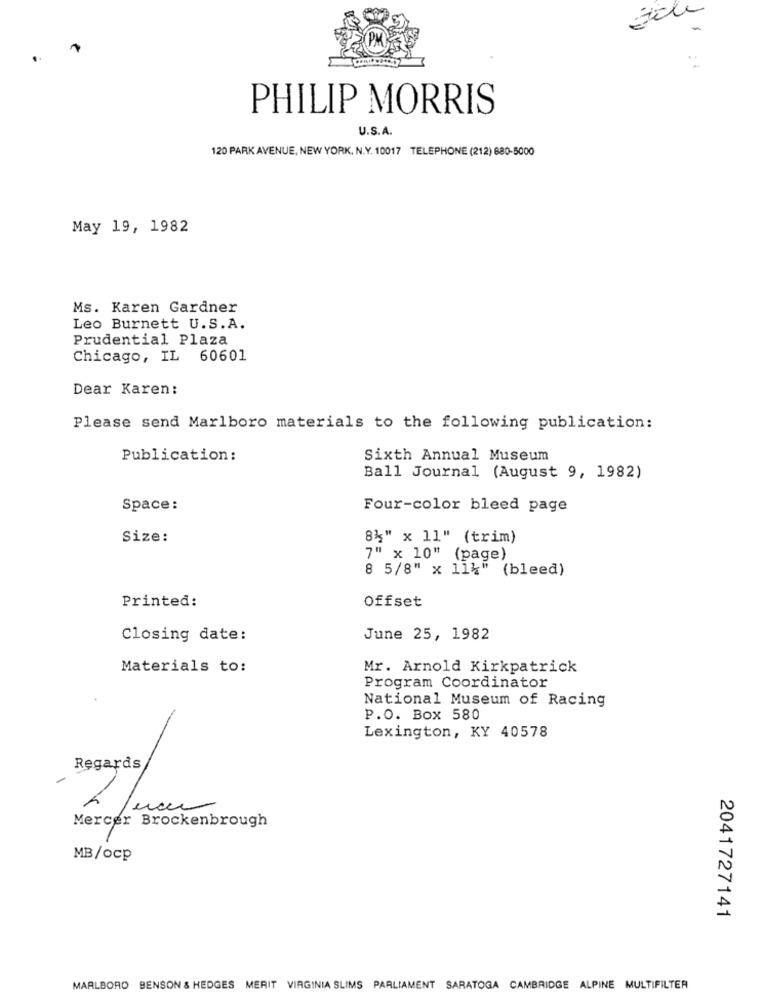
PHILIP MORRIS
U.S.A.
120 PARK AVENUE, NEW YORK, N.Y. 10017 TELEPHONE (212) 880-5000
May 19, 1982
Ms. Karen Gardner
Leo Burnett U.S.A.
Prudential Plaza
Chicago, IL 60601
Dear Karen:
Please send Marlboro materials to the following publication:
Publication:
Sixth Annual Museum
Ball Journal (August 9, 1982)
Space:
Four-color bleed page
Size:
8%" x 11" (trim)
7" x 10" (page)
8 5/8" x 11k" (bleed)
Printed:
Offset
Closing date:
June 25, 1982
Materials to:
Mr. Arnold Kirkpatrick
Program Coordinator
National Museum of Racing
P.O. Box 580
Lexington, KY 40578
Regards
Mercer Brockenbrough
MB/ocp
2041727141
MARLBORO BENSON & HEDGES MERIT VIRGINIA SLIMS PARLIAMENT SARATOGA CAMBRIDGE ALPINE MULTIFILTER